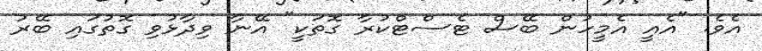
އެވެ. "އެއީ އެމީހުން ބޭސް ޓެސްޓްކުރާ ގޮތަކީ" އޭނާ ވިދާޅުވި ގޮތުގައި ބޭރު